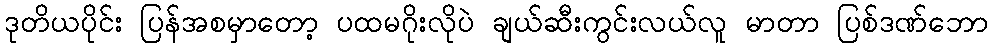
ဒုတိယပိုင်း ပြန်အစမှာတော့ ပထမဂိုးလိုပဲ ချယ်ဆီးကွင်းလယ်လူ မာတာ ပြစ်ဒဏ်ဘော